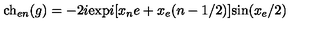
\mathrm { c h } _ { e n } ( g ) = - 2 i \mathrm { e x p } i [ x _ { n } e + x _ { e } ( n - 1 / 2 ) ] \mathrm { s i n } ( x _ { e } / 2 )